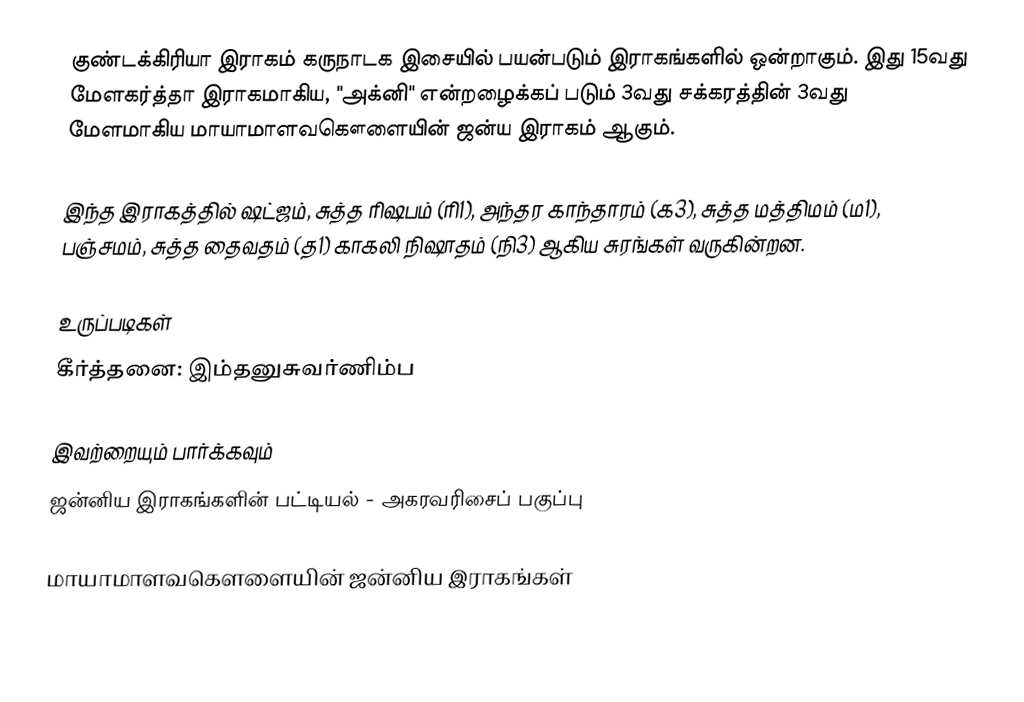
குண்டக்கிரியா இராகம் கருநாடக இசையில் பயன்படும் இராகங்களில் ஒன்றாகும். இது 15வது மேளகர்த்தா இராகமாகிய, "அக்னி" என்றழைக்கப் படும் 3வது சக்கரத்தின் 3வது மேளமாகிய மாயாமாளவகௌளையின் ஜன்ய இராகம் ஆகும்.

இந்த இராகத்தில் ஷட்ஜம், சுத்த ரிஷபம் (ரி1),  அந்தர காந்தாரம் (க3), சுத்த மத்திமம் (ம1), பஞ்சமம்,  சுத்த தைவதம் (த1) காகலி நிஷாதம்  (நி3) ஆகிய சுரங்கள் வருகின்றன.

உருப்படிகள்
 கீர்த்தனை: இம்தனுசுவர்ணிம்ப

இவற்றையும் பார்க்கவும்
 ஜன்னிய இராகங்களின் பட்டியல் - அகரவரிசைப் பகுப்பு

மாயாமாளவகௌளையின் ஜன்னிய இராகங்கள்